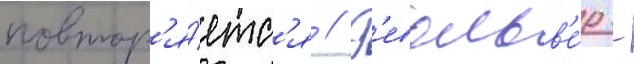
повтор'я́етс'я // Р'евольв'е́р -